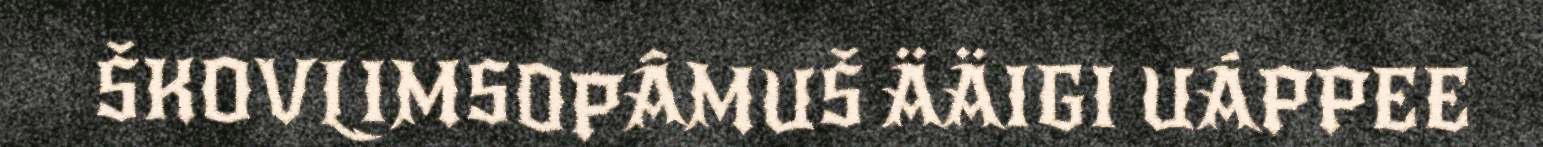
ŠKOVLIMSOPÂMUŠ ÄÄIGI UÁPPEE